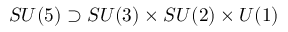
S U ( 5 ) \supset S U ( 3 ) \times S U ( 2 ) \times U ( 1 )